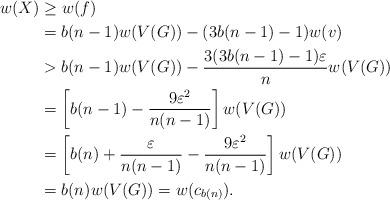
LaTeX: \begin{align*}w(X)&\ge w(f)\\&= b(n-1)w(V(G))-(3b(n-1)-1)w(v)\\&> b(n-1)w(V(G))-\frac{3(3b(n-1)-1)\varepsilon}{n} w(V(G))\\&= \left[b(n-1)-\frac{9\varepsilon^2}{n(n-1)}\right]w(V(G))\\&= \left[b(n)+\frac{\varepsilon}{n(n-1)}-\frac{9\varepsilon^2}{n(n-1)}\right]w(V(G))\\&= b(n)w(V(G))=w(c_{b(n)}).\end{align*}